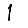
Digit: 1